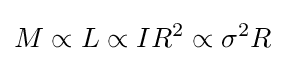
M\propto L\propto IR^{2}\propto \sigma ^{2}R